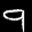
Label: 9